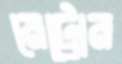
মেট্রোন